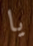
يا